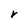
Character: r